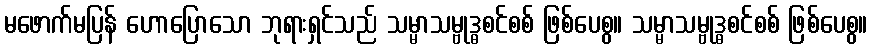
မဖောက်မပြန် ဟောပြောသော ဘုရားရှင်သည် သမ္မာသမ္ဗုဒ္ဓစင်စစ် ဖြစ်ပေစွ။ သမ္မာသမ္ဗုဒ္ဓစင်စစ် ဖြစ်ပေစွ။